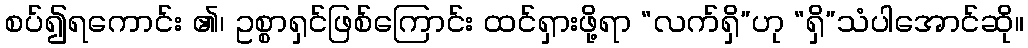
စပ်၍ရကောင်း ၏၊ ဥစ္စာရှင်ဖြစ်ကြောင်း ထင်ရှားဖို့ရာ “လက်ရှိ”ဟု “ရှိ”သံပါအောင်ဆို။